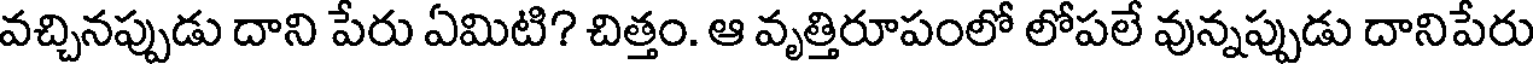
వచ్చినప్పుడు దాని పేరు ఏమిటి? చిత్తం. ఆ వృత్తిరూపంలో లోపలే వున్నప్పుడు దానిపేరు